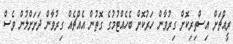
ރީއްޗަށް އިސްތިރިކޮށް ގިރުވާން ހަރުކޮށް ބެހެއްޓުމުގެ ގޮތުން އެއްޗެއް ގިރުވާން ދަށަށްލުން ވެސް